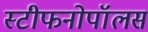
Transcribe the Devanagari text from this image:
स्टीफनोपॉलस